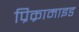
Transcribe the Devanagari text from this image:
प्रिक्रामाइड